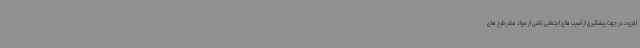
افزود: در جهت پیشگیری از آسیب های اجتماعی ناشی از مواد مخدر طرح های